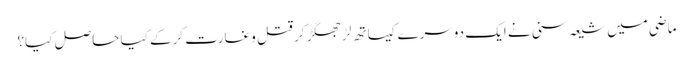
ماضی میں شیعہ سنی نے ایک دوسرے کیساتھ لڑ جھگڑ کر قتل و غارت کرکے کیا حاصل کیا؟